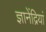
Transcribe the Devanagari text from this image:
ज्ञानेंद्रियां